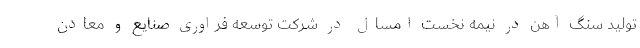
تولید سنگ آهن در نیمه نخست امسال در شرکت توسعه فراوری صنایع و معادن